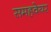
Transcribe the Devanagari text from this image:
समहवेयर